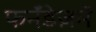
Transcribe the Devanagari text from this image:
फर्नॅंडेज़में